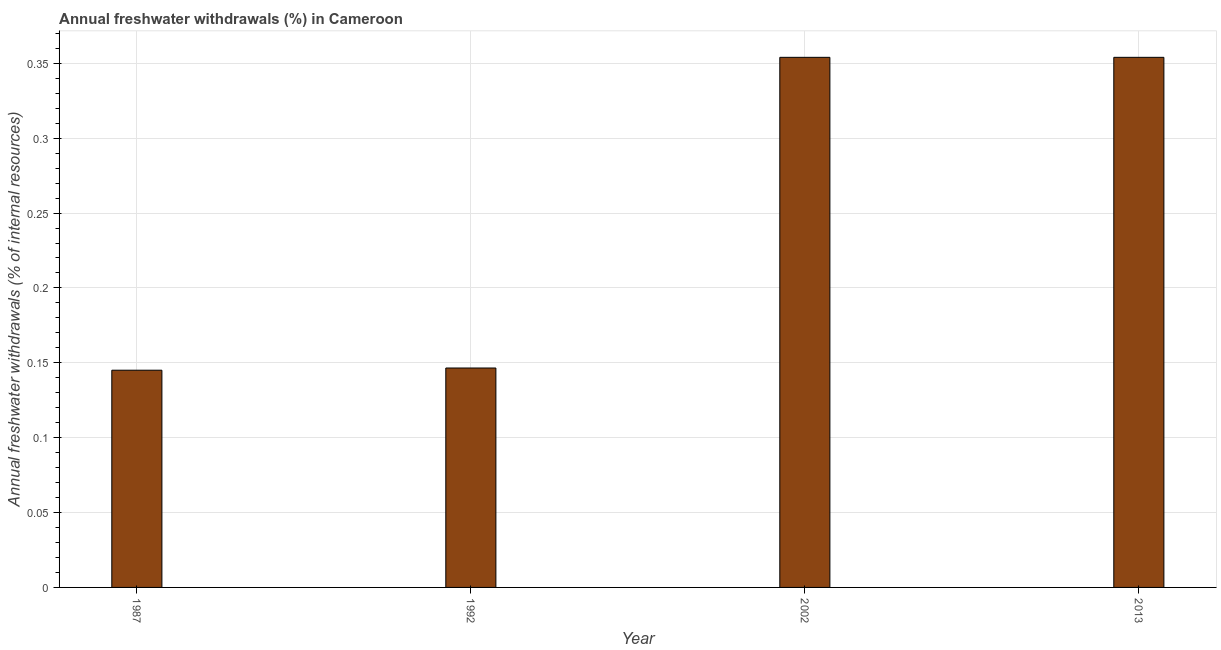
| Year | Annual freshwater withdrawals |
 | --- | --- |
 | 1987 | 0.145 |
 | 1992 | 0.147 |
 | 2002 | 0.354 |
 | 2013 | 0.354 |